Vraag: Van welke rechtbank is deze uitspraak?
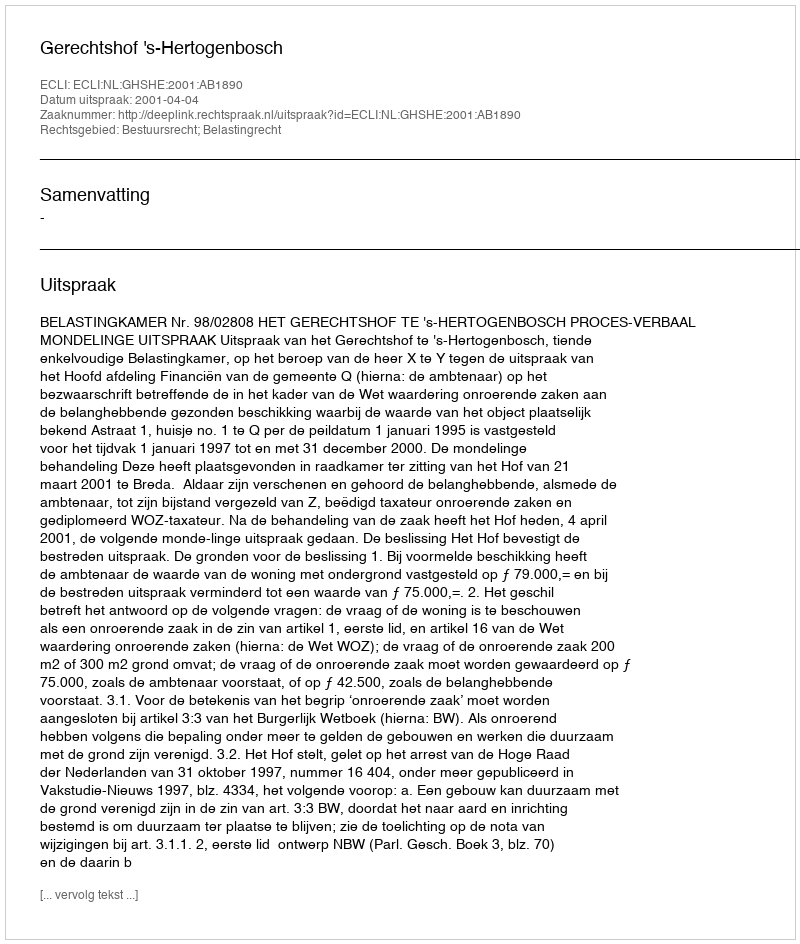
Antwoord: Gerechtshof 's-Hertogenbosch